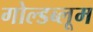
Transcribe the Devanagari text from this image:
गोल्डब्लूम